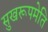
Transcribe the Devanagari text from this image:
सुखरूपमेति